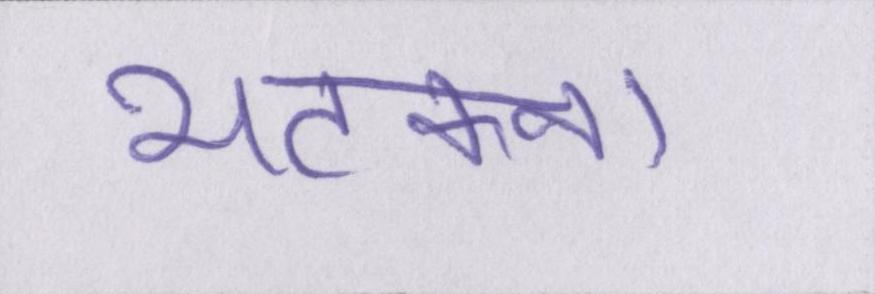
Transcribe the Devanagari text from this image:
भटकना